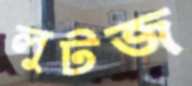
লুটজ